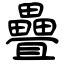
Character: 疊